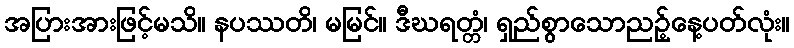
အပြားအားဖြင့်မသိ။ နပဿတိ၊ မမြင်။ ဒီဃရတ္တံ၊ ရှည်စွာသောညဉ့်နေ့ပတ်လုံး။